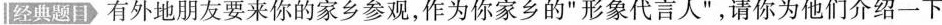
经典题目 有外地朋友要来你的家乡参观,，作为你察部新联象代言人请你为他们介绍一下